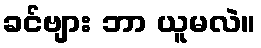
ခင်ဗျား ဘာ ယူမလဲ။